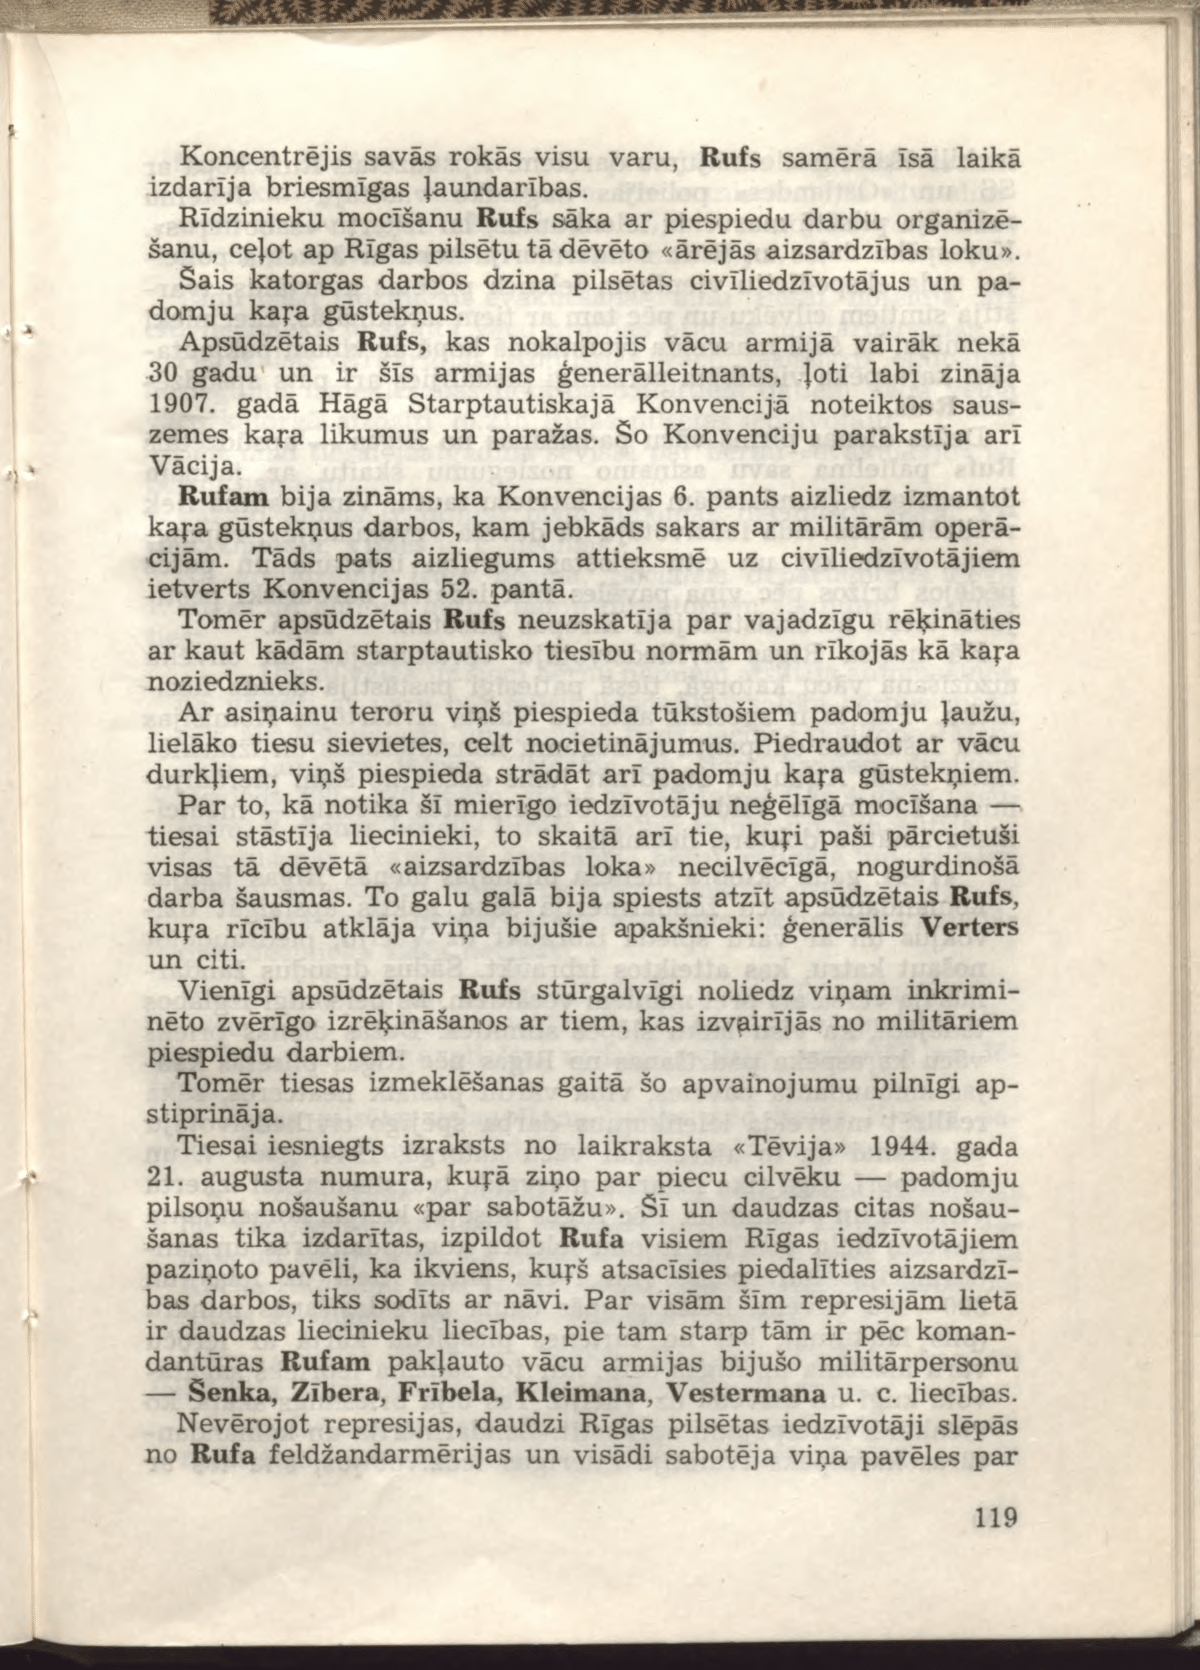
Language: lv